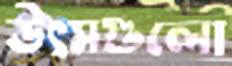
উৎসগুলো